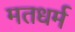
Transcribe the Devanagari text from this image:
मतधर्म